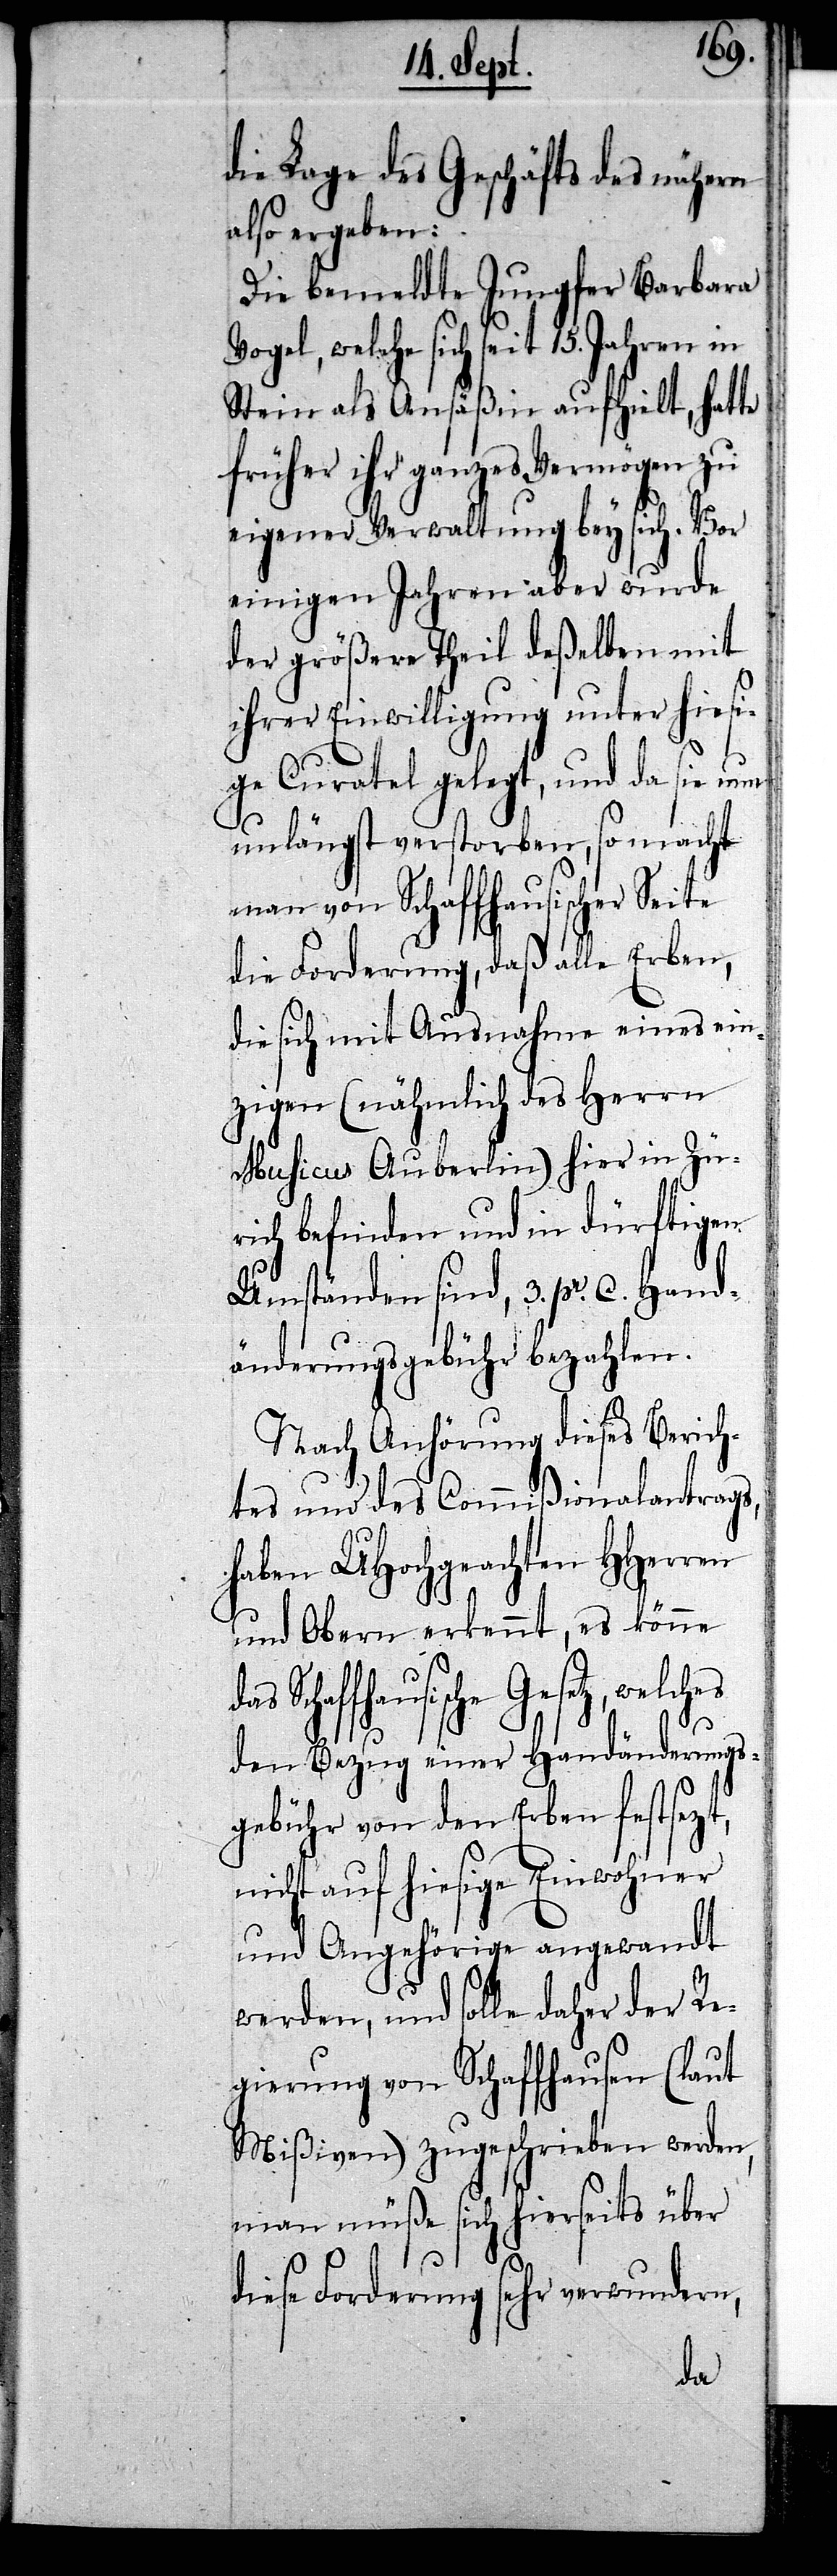
die Lage des Geschäfts des nähern
also ergeben:
Die bemeldte Jungfer Barbara
welche sich seit 15. Jahren in
Stein als Ansäßin aufhielt, hatte
früher ihr ganzes Vermögen zu
eigener Verwaltung bey sich. Vor
einigen Jahren aber wurde
der größere Theil deßelben mit
ihrer Einwilligung unter hiesi¬
ge Curatel gelegt, und da sie nun
unlängst verstorben, so macht
man von Schaffhausischer Sei¬
die Forderung, daß alle Erben,
die sich mit Ausnahme eines ein¬
zigen (nähmlich des Herrn
Musicus Auberlin) hier in Zü¬
rich befinden und in dürftigen
Umständen sind, 3. pr. C. Hand¬
änderungsgebühr bezahlen.
Nach Anhörung dieses Berich¬
tes und des Commißionalantrags,
haben UHochgeachten HHerren
und Obern erkennt, es könne
Schaffhausische Gesetz,
den Bezug einer Handänderungs¬
gebühr von den Erben festsezt,
icht auf hiesige Einwohner
und Angehörige angewandt
werden, und solle daher der Re¬
gierung von Schaffhausen (laut
Mißiven) zugeschrieben werden,
man müße sich hierseits über
n¬
diese Forderung sehr verwundern,
das